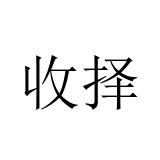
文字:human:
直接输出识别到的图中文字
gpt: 收择